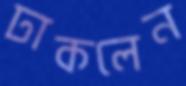
ঢাকলেন